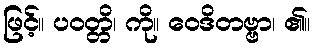
ဖြင့်။ ပဝတ္တိ၊ ကို။ ဝေဒိတဗ္ဗာ၊ ၏။